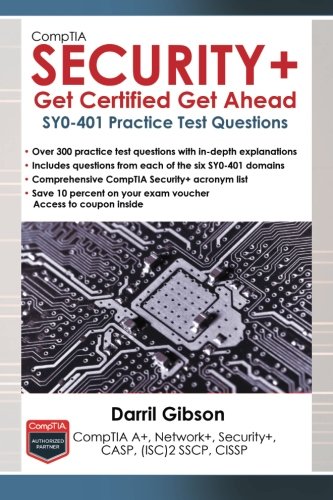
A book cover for CompTIA Security+ Get Certified Get Ahead: SY0-401 Practice Test Questions; Darril Gibson; Computers & Technology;